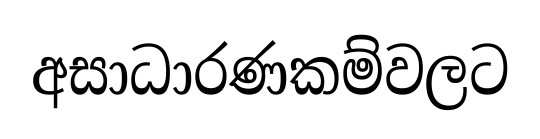
අසාධාරණකම්වලට